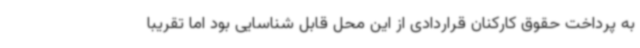
به پرداخت حقوق کارکنان قراردادی از این محل قابل شناسایی بود اما تقریبا